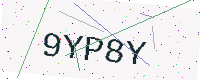
Text: 9YP8Y